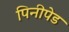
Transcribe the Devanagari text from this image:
पिनीपेड